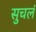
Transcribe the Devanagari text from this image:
सुचलं